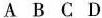
ABCD